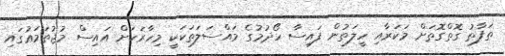
ތަފާތު ގޮތްގޮތަށް މަކަރާއި ހީލަތުން ފައިސާ ހޯދުމުގެ މައްސަލަތަކަކީ މިހާރަކަށް އައިސް މުޖުތަމަޢުގައި